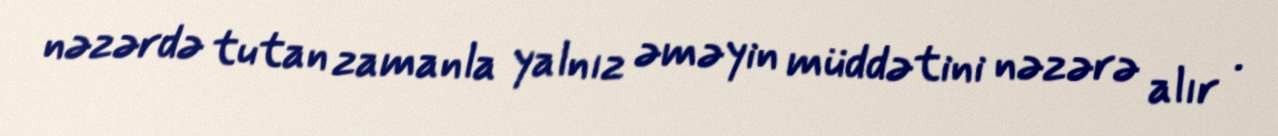
nəzərdə tutan zamanla yalnız əməyin müddətini nəzərə alır .